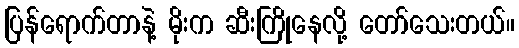
ပြန်ရောက်တာနဲ့ မိုးက ဆီးကြိုနေလို့ တော်သေးတယ်။